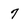
Character: 7